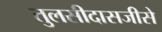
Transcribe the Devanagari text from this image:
तुलसीदासजीसे